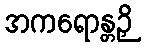
အကရောန္တဉှိ